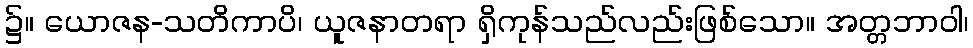
၌။ ယောဇန-သတိကာပိ၊ ယူဇနာတရာ ရှိကုန်သည်လည်းဖြစ်သော။ အတ္တဘာဝါ၊